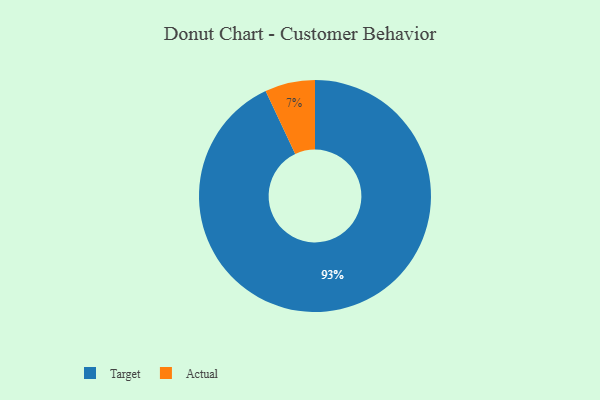
{"axis": {"x": "Category", "y": "Percentage"}, "legend": ["Actual", "Target"], "data": [{"x": "Actual", "y": 7, "type": "Actual"}, {"x": "Target", "y": 93, "type": "Target"}]}